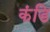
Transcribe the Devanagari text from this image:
कंडि